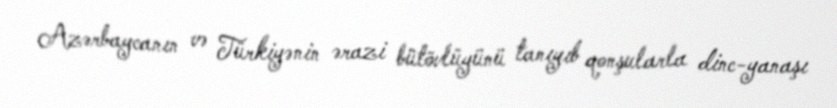
Azərbaycanın və Türkiyənin ərazi bütövlüyünü tanıyıb qonşularla dinc-yanaşı